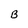
Character: B